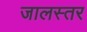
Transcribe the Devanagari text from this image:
जालस्तर